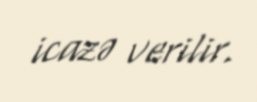
icazə verilir.